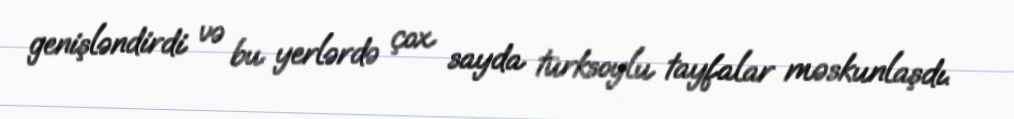
genişləndirdi və bu yerlərdə çox sayda türksoylu tayfalar məskunlaşdı.